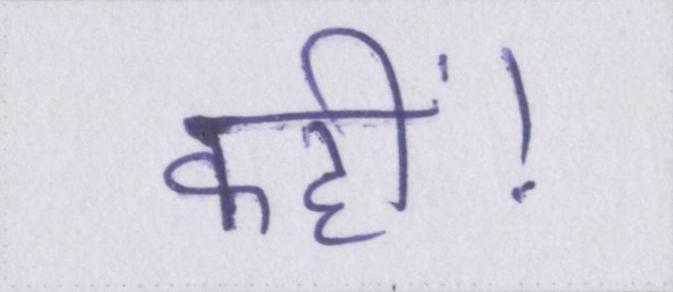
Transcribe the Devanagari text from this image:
कहीं।